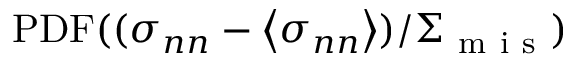
\mathrm { P D F } ( ( \sigma _ { n n } - \left\langle \sigma _ { n n } \right\rangle ) / \Sigma _ { \mathrm { ~ m ~ i ~ s ~ } } )